system: You are a helpful assistant.
user:
Analyze the provided spectrum to determine if it is a **S-type Star**.

- **Key Indicators for S-type Star:**

    - **(Overall Spectrum Shape):** The first and most obvious characteristic is the overall continuum (the "baseline" shape). It is **extremely "red-sloping,"** meaning the flux (light intensity) is very low on the left side (blue, ~4000-4500 Å) and rises steeply and continuously toward the right side (red, ~7000 Å+).

    - **(Primary):** The spectrum is defined by the presence of strong, broad molecular absorption "valleys" (bands) from **Zirconium Oxide (ZrO)**. The identification of these bands is the **primary requirement** for classifying a star as S-type.
        - **(Key Bandheads):** You must find distinct, deep "dips" where the light has been absorbed. The most critical band systems to locate are:
            - **~6474 Å** ($\gamma$-system): This is often the strongest and clearest ZrO feature, found in the red part of the spectrum.
            - **~5718 Å** & **~5551 Å** ($\beta$-system): A pair of prominent absorption features in the yellow-orange part of the spectrum.
            - **~4640 Å** ($\alpha$-system): A key absorption band system in the blue-green region of the spectrum.

    - **(Secondary Confirmation):** The classification is strengthened by finding additional absorption bands from other related heavy element oxides, which are expected to be present alongside ZrO.
        - **(Key Bandheads):**
            - **Yttrium Oxide (YO):** Look for absorption dips near **~4800 Å** and **~6100 Å**.
            - **Lanthanum Oxide (LaO):** Additional absorption features, particularly in the red-orange part of the spectrum, are also characteristic.

    - **(Line Profile):** The combination of the steep red continuum and these numerous, deep molecular bands (ZrO, YO, etc.) gives the entire spectrum a very **"chopped-up"** or **"bumpy"** appearance. Instead of a smooth curve, the spectrum looks as though large, wide chunks of light have been "carved out" of it at the specific wavelengths listed above.

Think first, call **spectral_visualization_tool** if needed to examine features in detail, then provide your final answer. Your response must adhere to the following strict rules:
1.  **Overall Structure:** Your response must follow the format `<think>...</think> <tool_call>...</tool_call> (if a tool is used) <answer>...</answer>`.
2.  **Tool Usage Constraint:** You may only make **one** tool call per turn.
3.  **Final Answer Format:** In the `<answer>` tag, your conclusion must be inside a `\boxed{}` command (e.g., `\boxed{YES}` or `\boxed{NO}`), followed by your justification.

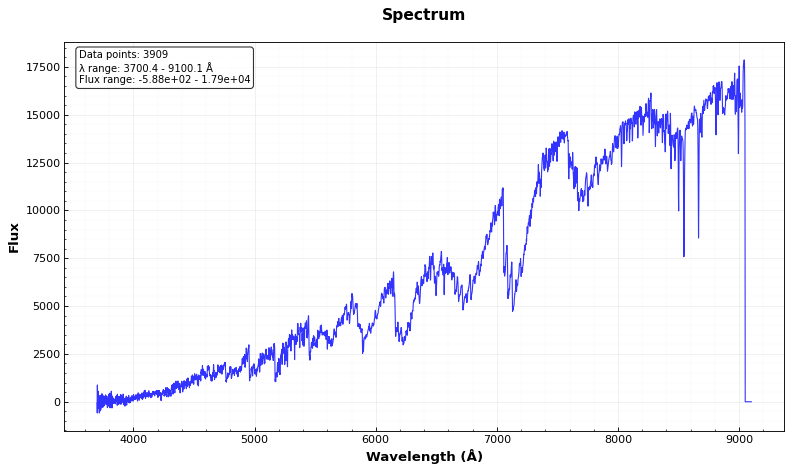
Answer: YES